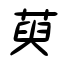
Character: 萸